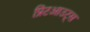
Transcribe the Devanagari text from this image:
प्रिंटआउट्स